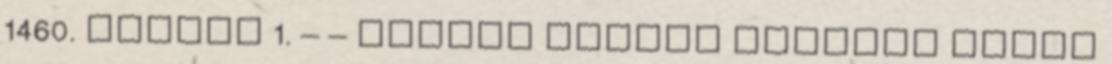
1460. január 1. – – Újlaki Miklós erdélyi vajda